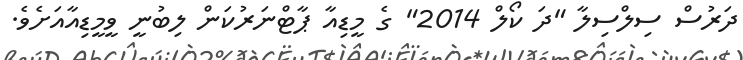
ދަރުސް ސިލްސިލާ "ދަ ކޯލް 2014" ގެ މީޑިއާ ޕާޓްނަރުކަން ލިބުނީ ވީމީޑިއާއަށެވެ.